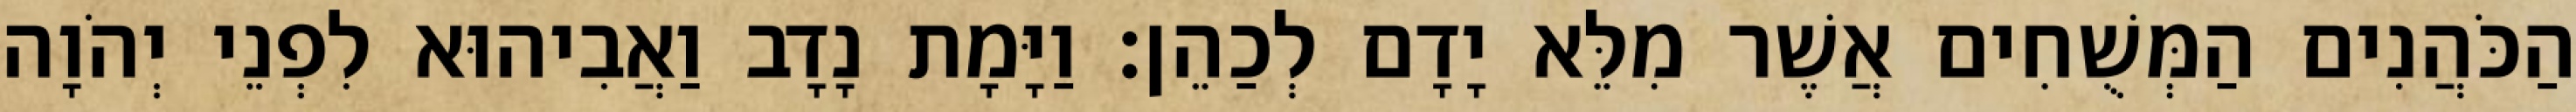
הַכֹּהֲנִים הַמְּשֻׁחִים אֲשֶׁר מִלֵּא יָדָם לְכַהֵן׃ וַיָּמָת נָדָב וַאֲבִיהוּא לִפְנֵי יְהֹוָה